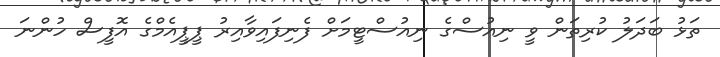
ތަޅު ބަދަލު ކުރިތަން ވީ ނިއުސްގެ ނިއުސްޓީމަށް ފެނިފައިވާއިރު ޕީޕީއެމްގެ އޮފީސް ހުންނަ